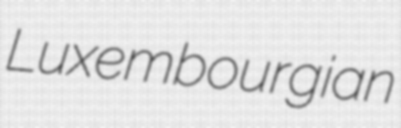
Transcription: Luxembourgian